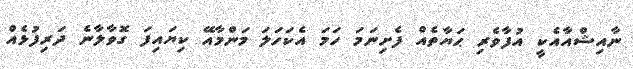
ނާއިޝްއާއެކީ އުފާވެރި ޙަޔާތެއް ފެށިނަމަ ހަމަ އެކަހަލަ މަންމާއޭ ކިޔައިފަ ގޮވާލާނެ ދަރިފުޅެއް